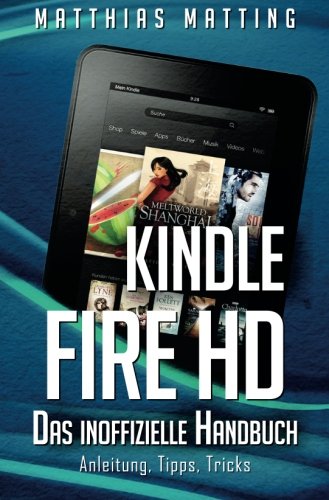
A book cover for Kindle Fire HD - das inoffizielle Handbuch. Anleitung, Tipps, Tricks (German Edition); Matthias Matting; Reference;